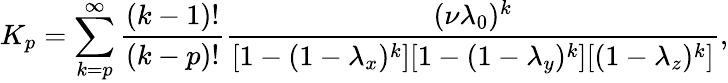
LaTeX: K_{p}=\sum_{k=p}^{\infty}\frac{(k-1)!}{(k-p)!}\frac{(\nu\lambda_{0})^{k}}{[1-(1-\lambda_{x})^{k}][1-(1-\lambda_{y})^{k}][(1-\lambda_{z})^{k}]},